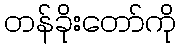
တန်ခိုးတော်ကို